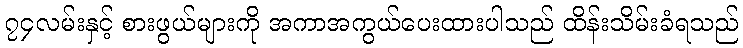
၇၄လမ်းနှင့် စားဖွယ်များကို အကာအကွယ်ပေးထားပါသည် ထိန်းသိမ်းခံရသည်